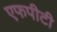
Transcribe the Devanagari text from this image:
एफपीटी